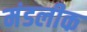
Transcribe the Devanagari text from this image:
मंडलीक